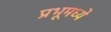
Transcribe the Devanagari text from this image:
प्रभूमध्ये